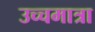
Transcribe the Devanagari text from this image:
उच्चमात्रा